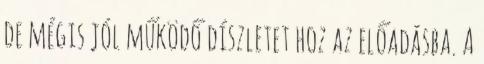
de mégis jól működő díszletet hoz az előadásba. A